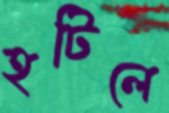
হটিলে